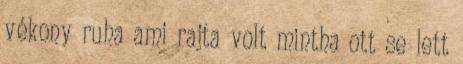
vékony ruha ami rajta volt mintha ott se lett